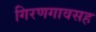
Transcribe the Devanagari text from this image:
गिरणगावसह